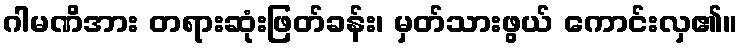
ဂါမဏိအား တရားဆုံးဖြတ်ခန်း၊ မှတ်သားဖွယ် ကောင်းလှ၏။